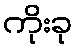
ကိုးခု